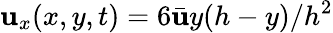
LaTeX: \mathbf{u}_{x}(x,y,t)=6\bar{{\mathbf{u}}}y(h-y)/h^{2}